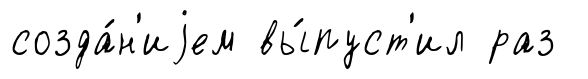
созда́н'иjем вы́пуст'ил раз